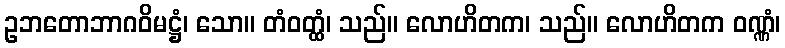
ဥဘတောဘာဂဝိမဋ္ဌံ၊ သော။ တံဝတ္ထံ၊ သည်။ လောဟိတက၊ သည်။ လောဟိတက ဝဏ္ဏံ၊